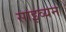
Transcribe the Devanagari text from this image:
साइव्यन